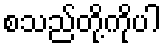
စသည်တို့ကိုပါ